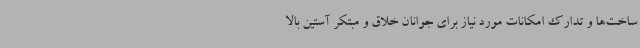
ساخت‌ها و تدارک امکانات مورد نیاز برای جوانان خلاق و مبتکر آستین بالا